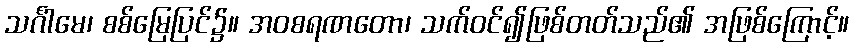
သင်္ဂါမေ၊ စစ်မြေပြင်၌။ အဝစရဏတော၊ သက်ဝင်၍ဖြစ်တတ်သည်၏ အဖြစ်ကြောင့်။